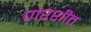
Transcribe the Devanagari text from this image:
पारशीत